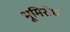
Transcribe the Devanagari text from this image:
भूमिरोध